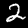
Label: 2